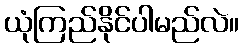
ယုံကြည်နိုင်ပါမည်လဲ။